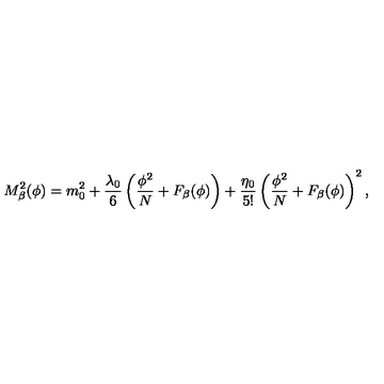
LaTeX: M _ { \beta } ^ { 2 } ( \phi ) = m _ { 0 } ^ { 2 } + \frac { \lambda _ { 0 } } { 6 } \left( \frac { \phi ^ { 2 } } { N } + F _ { \beta } ( \phi ) \right) + \frac { \eta _ { 0 } } { 5 ! } \left( \frac { \phi ^ { 2 } } { N } + F _ { \beta } ( \phi ) \right) ^ { 2 } ,